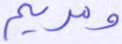
ومريم